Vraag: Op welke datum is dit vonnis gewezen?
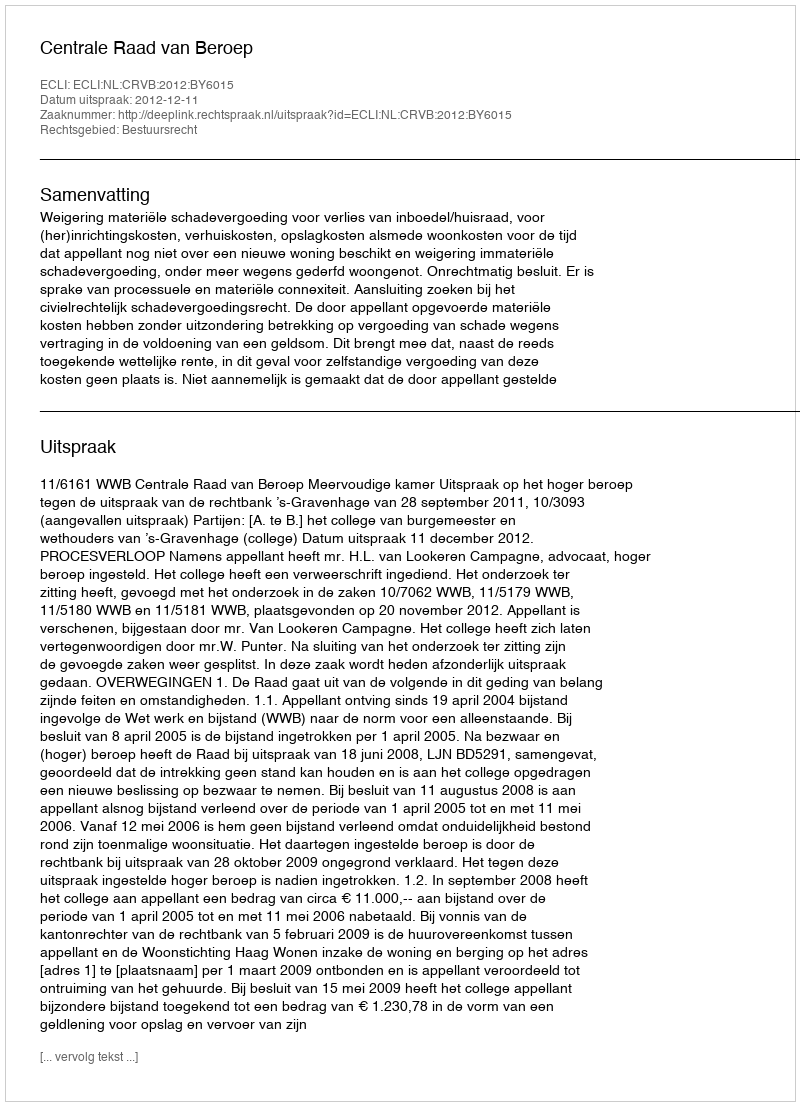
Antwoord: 2012-12-11